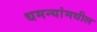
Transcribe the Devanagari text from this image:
धमन्यांमधील